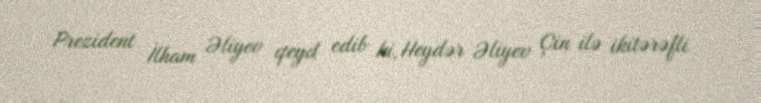
Prezident İlham Əliyev qeyd edib ki, Heydər Əliyev Çin ilə ikitərəfli